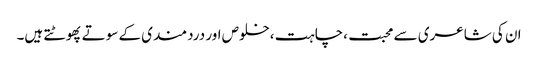
ان کی شاعری سے محبت ،چاہت ،خلوص اور دردمندی کے سوتے پھوٹتے ہیں۔